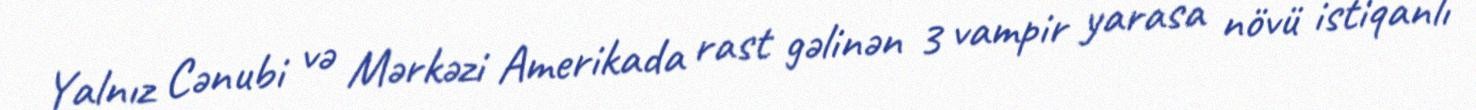
Yalnız Cənubi və Mərkəzi Amerikada rast gəlinən 3 vampir yarasa növü istiqanlı